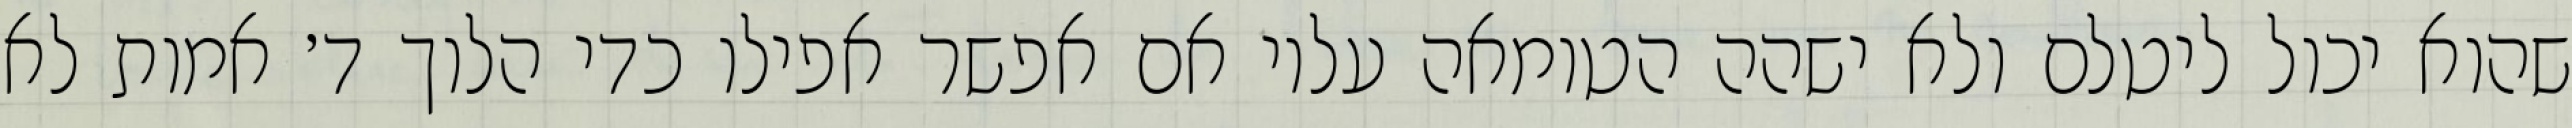
שהוא יכול ליטלם ולא ישהה הטומאה עליו אם אפשר אפילו כדי הלוך ד׳ אמות לא